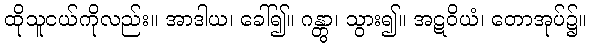
ထိုသူငယ်ကိုလည်း။ အာဒါယ၊ ခေါ်၍။ ဂန္တွာ၊ သွား၍။ အဋဝိယံ၊ တောအုပ်၌။